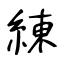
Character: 練